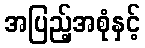
အပြည့်အစုံနှင့်